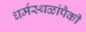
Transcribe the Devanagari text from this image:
धर्मस्थळांपैकी